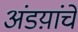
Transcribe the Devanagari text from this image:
अंडय़ांचे